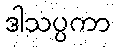
ဒါသပ္ပကာ